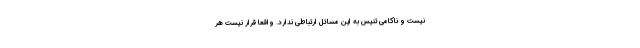
نیست و ناکامی تنیس به این مسائل ارتباطی ندارد. واقعا قرار نیست هر